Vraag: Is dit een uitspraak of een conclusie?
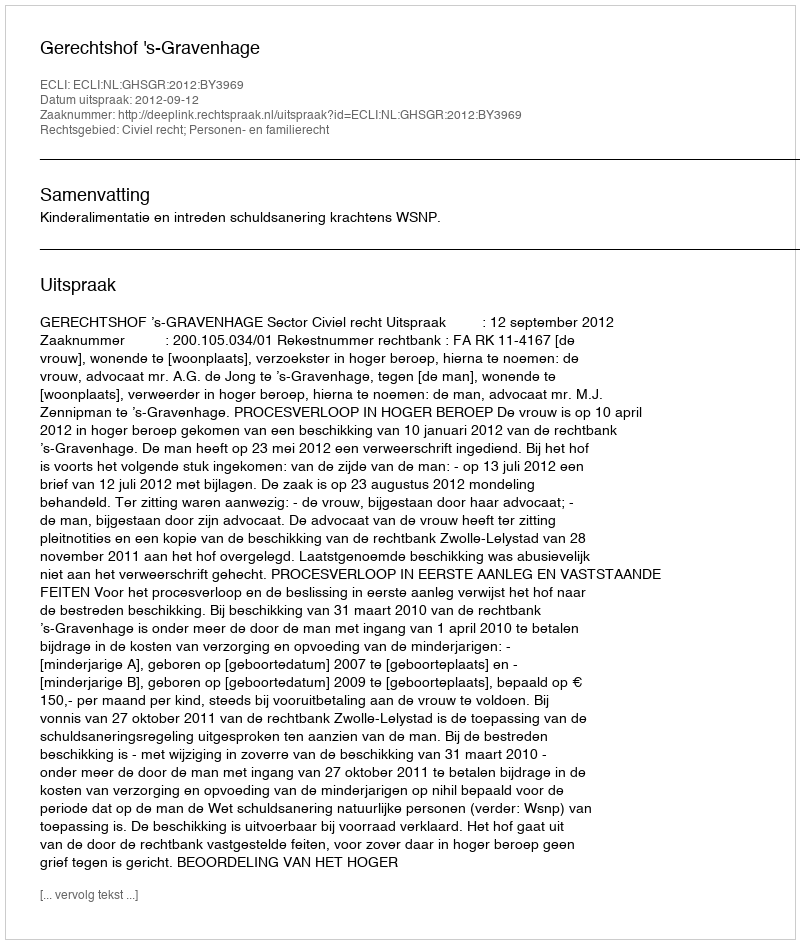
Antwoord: Uitspraak